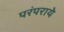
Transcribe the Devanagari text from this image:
परंपराये